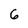
Character: 6